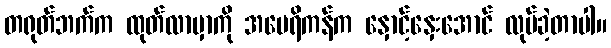
တရုတ်ဘက်က ထုတ်လာမှာကို အမေရိကန်က နှောင့်နှေးအောင် လုပ်ခဲ့တာပါ။